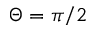
\Theta = \pi / 2